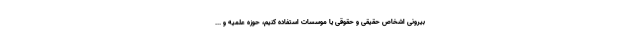
بیرونی اشخاص حقیقی و حقوقی یا موسسات استفاده کنیم، حوزه علمیه و ...